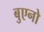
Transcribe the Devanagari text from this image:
बुएनो